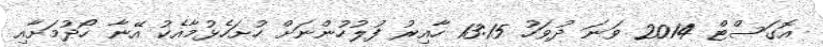
އޮގަސްޓް 2014 ވަނަ ދުވަހު 13:15 ހާއިރު ފުލުހުންނަށް ހުށަހެޅުމާއެކު އޭނާ ހޯދުމަށާއި